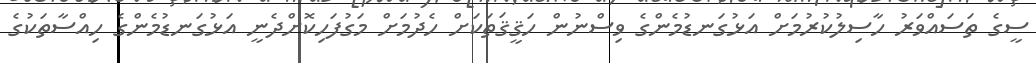
ސީގެ ތަސައްވަރު ހާސިލުކުރުމަށް އަޅުގަނޑުމެންގެ ވިސްނުން ހަޤީޤަތަކަށް ހެދުމަށް މަގުފަހިކޮށްދެނީ އަޅުގަނޑުމެންގެ ހިއްސާތަކުގެ